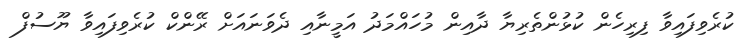
ކުރެވިފައިވާ ފިރިހެން ކުޅުންތެރިޔާ ދާއިން މުހައްމަދު އަމީނާއި ދެވަނައަށް ރޭންކް ކުރެވިފައިވާ ޔޫސުފް